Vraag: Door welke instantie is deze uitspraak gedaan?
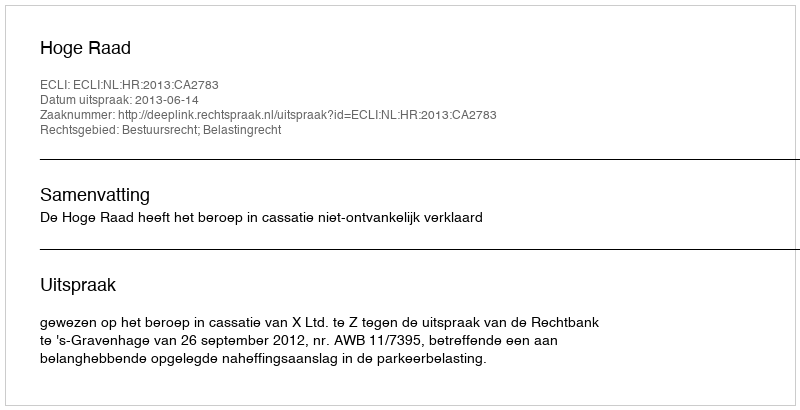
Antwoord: Hoge Raad